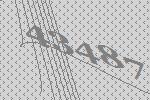
43487